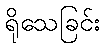
ရိုသေခြင်း